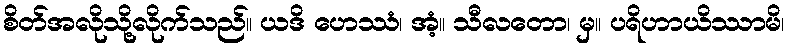
စိတ်အလိုသို့လိုက်သည်။ ယဒိ ဟေဿံ၊ အံ့။ သီလတော၊ မှ။ ပရိဟာယိဿာမိ၊